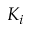
K _ { i }